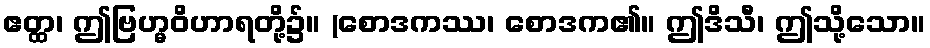
ဧတ္ထ၊ ဤဗြဟ္မဝိဟာရတို့၌။ (စောဒကဿ၊ စောဒက၏။ ဤဒိသီ၊ ဤသို့သော။